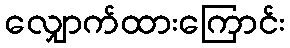
လျှောက်ထားကြောင်း